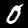
Digit: 0